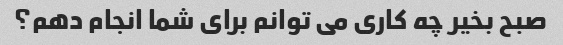
صبح بخیر چه کاری می توانم برای شما انجام دهم؟